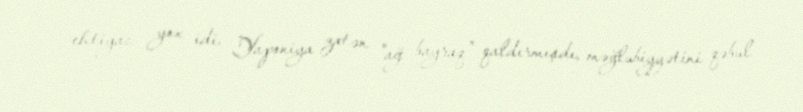
ehtiyac yox idi. Yaponiya zatən "ağ bayraq" qaldırmışdı, məğlubiyyətini qəbul